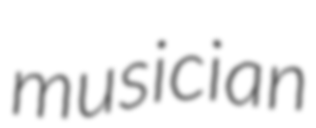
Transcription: musician